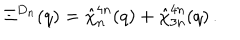
LaTeX: \Xi ^ { D _ { n } } ( q ) = \hat { \chi } _ { n } ^ { 4 n } ( q ) + \hat { \chi } _ { 3 n } ^ { 4 n } ( q ) \, .